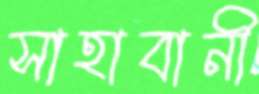
সাহাবানী